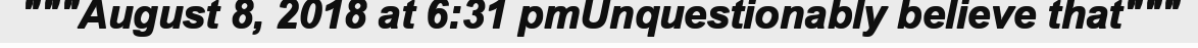
"""August 8, 2018 at 6:31 pmUnquestionably believe that"""